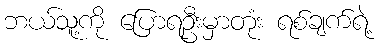
ဘယ်သူ့ကို ပြောရဦးမှာတုံး ရစ်ချက်ရဲ့